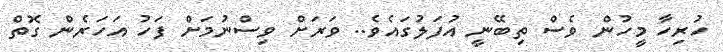
ހުރިހާ މީހުން ވެސް ތިބޭނީ އުފަލުގައެވެ.. ވަރަށް ވިސްނުމަށް ފަހު އަހަރެން ގޮތް